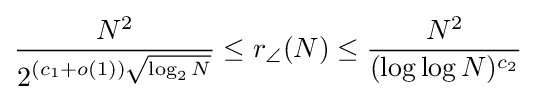
{\frac {N^{2}}{2^{(c_{1}+o(1)){\sqrt {\log _{2}N}}}}}\leq r_{\angle }(N)\leq {\frac {N^{2}}{(\log \log N)^{c_{2}}}}